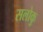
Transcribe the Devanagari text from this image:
सलोकु